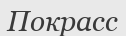
Покрасс